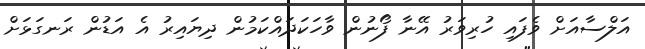
އަލްސާއަށް ވެފައި ހުރިވަރު އޭނާ ފޯނުން ވާހަކަދައްކަމުން ދިޔައިރު އެ އަޑުން ރަނގަޅަށް